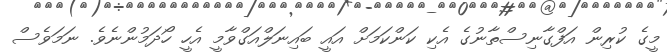
މީގެ ކުރިން އަފްގާނިސްތާނުގެ އެކި ކަންކަމަށް އައީ ބައިނަލްއަގްވާމީ އެހީ ހޯދަމުންނެވެ. ނަމަވެސް